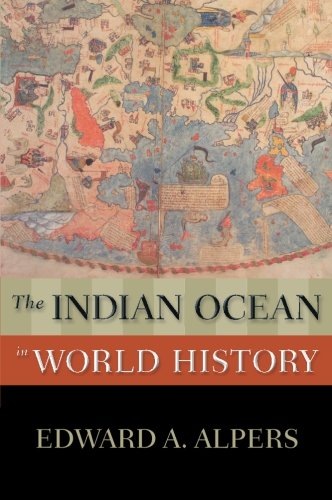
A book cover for The Indian Ocean in World History (New Oxford World History); Edward A. Alpers; History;